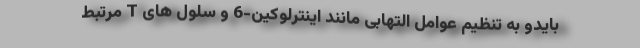
بایدو به تنظیم عوامل التهابی مانند اینترلوکین-6 و سلول های T مرتبط